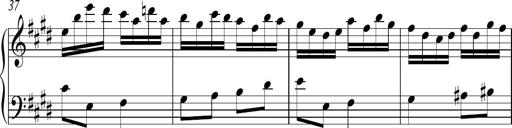
Title: Ten Piano Sonatinas
Composer: Andreas Sain